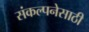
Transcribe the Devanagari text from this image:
संकल्पनेसाठी